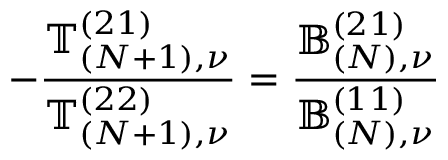
- \frac { \mathbb { T } _ { ( N + 1 ) , \nu } ^ { ( 2 1 ) } } { \mathbb { T } _ { ( N + 1 ) , \nu } ^ { ( 2 2 ) } } = \frac { \mathbb { B } _ { ( N ) , \nu } ^ { ( 2 1 ) } } { \mathbb { B } _ { ( N ) , \nu } ^ { ( 1 1 ) } }